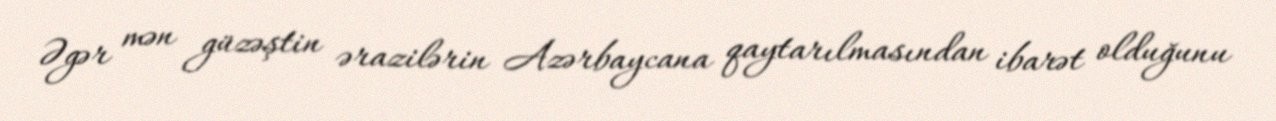
Əgər mən güzəştin ərazilərin Azərbaycana qaytarılmasından ibarət olduğunu